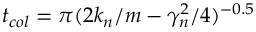
t _ { c o l } = \pi ( 2 k _ { n } / m - \gamma _ { n } ^ { 2 } / 4 ) ^ { - 0 . 5 }